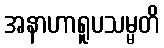
အနာဟာရူပသမ္မတိ